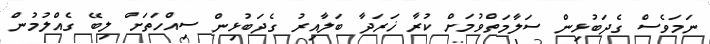
ނަމަވެސް ގެދަބުޅިން ސަލާމަތްވުމަށް ކުރާ ޚަރަދާ ބަލާއިރު ގެދަބުޅިން ސިއްހަތަށް ލިބޭ ގެއްލުމުން